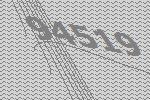
94519